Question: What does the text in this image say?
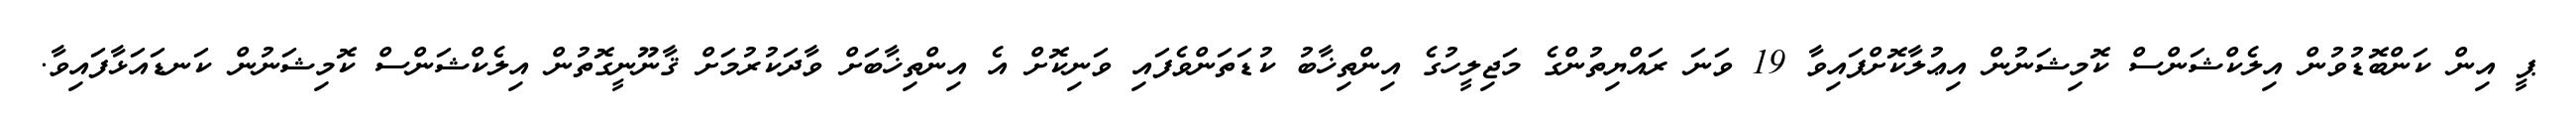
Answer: ޕީ އިން ކަންބޮޑުވުން އިލެކްޝަންސް ކޮމިޝަނުން އިޢުލާކޮށްފައިވާ 19 ވަނަ ރައްޔިތުންގެ މަޖިލީހުގެ އިންތިޚާބު ކުޑަތަންވެފައި ވަނިކޮށް އެ އިންތިޚާބަށް ވާދަކުރުމަށް ޤާނޫނީގޮތުން އިލެކްޝަންސް ކޮމިޝަނުން ކަނޑައަޅާފައިވާ.